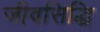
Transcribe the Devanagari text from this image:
जीवसिद्धि